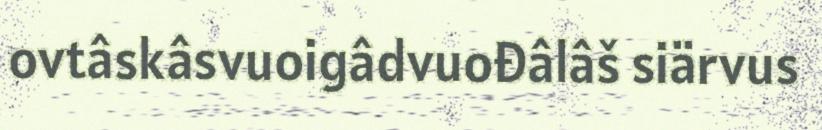
ovtâskâsvuoigâdvuođâlâš siärvus